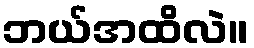
ဘယ်အထိလဲ။